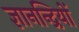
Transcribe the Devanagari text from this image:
ज्ञानन्द्रियों